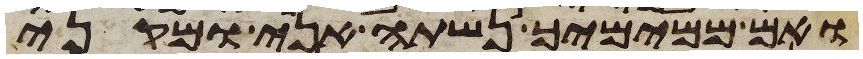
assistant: ואם ממימיך נשתה אני ומקני